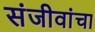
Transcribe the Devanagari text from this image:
संजीवांचा